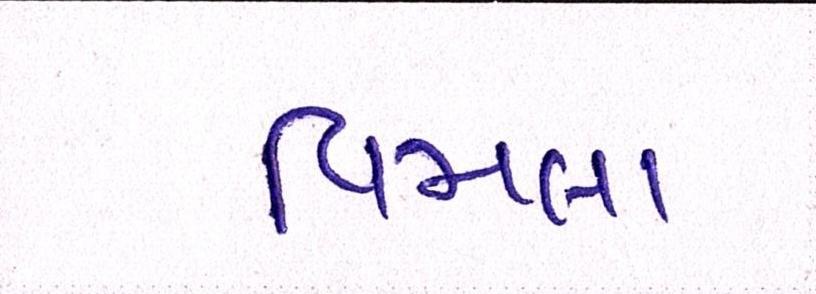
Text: વિમલા